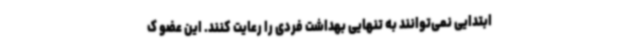
ابتدایی نمی‌توانند به تنهایی بهداشت فردی را رعایت کنند. این عضو ک